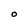
Character: O